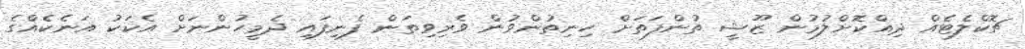
ޗޮކްލެޓެއް ދިއްކޮށްލުމުން ޒޫޝީ ތުންފަތަށް ހިނިތުންވުން ވެރިވިތަން ފެނިފައި ދެމީހުންނަށް އެކަކު އަނެކެއްގެ